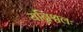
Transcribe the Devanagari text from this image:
यन्निश्चलः